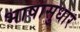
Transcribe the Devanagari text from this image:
भाषासुधार